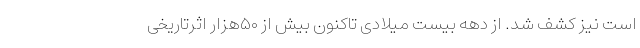
است نیز کشف شد. از دهه بیست میلادی تاکنون بیش از ۵۰هزار اثرتاریخی